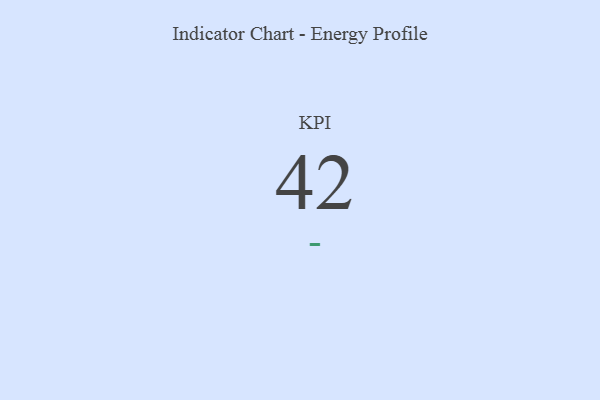
{"axis": {"x": "KPI", "y": "Value"}, "legend": [""], "data": [{"x": "KPI", "y": 42, "type": ""}]}